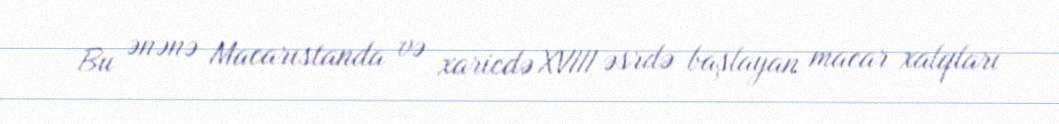
Bu ənənə Macarıstanda və xaricdə XVIII əsrdə başlayan macar xalqları